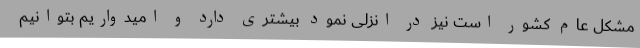
مشکل عام کشور است نیز در انزلی نمود بیشتری دارد و امیدواریم بتوانیم